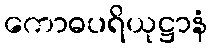
ကောဓပရိယုဋ္ဌာနံ